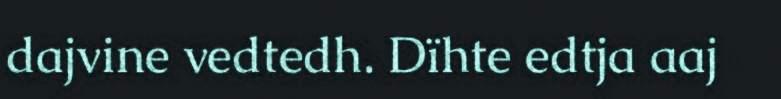
dajvine vedtedh. Dïhte edtja aaj